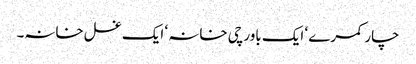
چار کمرے ‘ ایک باورچی خانہ ‘ ایک غسل خانہ۔